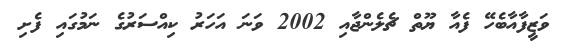
ވަޒީފާއާބެހޭ ފެއާ ޔޫތް ޗެލެންޖާއި 2002 ވަނަ އަހަރު ކިއްސަރުގެ ނަމުގައި ފެށި